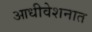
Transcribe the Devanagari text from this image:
आधीवेशनात